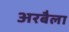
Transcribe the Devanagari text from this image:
अरबैला